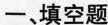
一、填空题